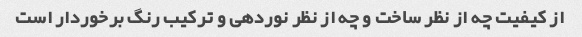
از کیفیت چه از نظر ساخت و چه از نظر نوردهی و ترکیب رنگ برخوردار است